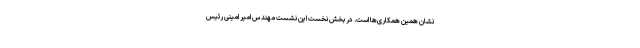
نشان همین همکاری‌ها است. در بخش نخست این نشست مهندس امیر امینی رئیس